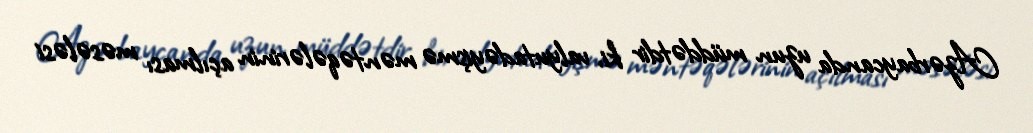
Azərbaycanda uzun müddətdir ki, valyutadəyişmə məntəqələrinin açılması məsələsi